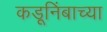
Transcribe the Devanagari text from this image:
कडूनिंबाच्या